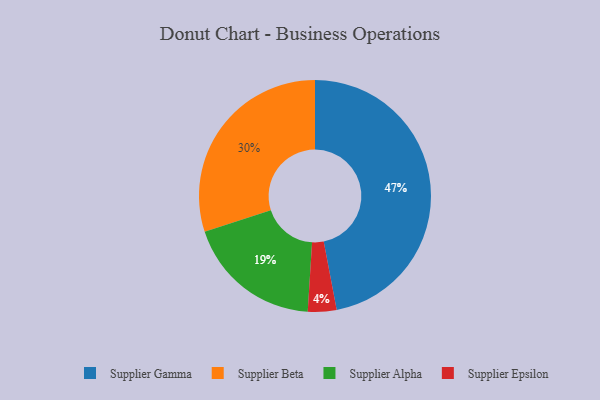
{"axis": {"x": "Category", "y": "Percentage"}, "legend": ["Supplier Alpha", "Supplier Beta", "Supplier Epsilon", "Supplier Gamma"], "data": [{"x": "Supplier Epsilon", "y": 4, "type": "Supplier Epsilon"}, {"x": "Supplier Alpha", "y": 19, "type": "Supplier Alpha"}, {"x": "Supplier Gamma", "y": 47, "type": "Supplier Gamma"}, {"x": "Supplier Beta", "y": 30, "type": "Supplier Beta"}]}